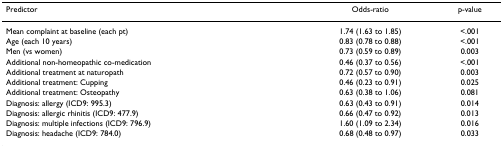
| Predictor | Odds-ratio | p-value |
 | --- | --- | --- |
 | Mean complaint at baseline (each pt) | 1.74 (1.63 to 1.85) | <.001 |
 | Age (each 10 years) | 0.83 (0.78 to 0.88) | <.001 |
 | Men (vs women) | 0.73 (0.59 to 0.89) | 0.003 |
 | Additional non-homeopathic co-medication | 0.46 (0.37 to 0.56) | <.001 |
 | Additional treatment at naturopath | 0.72 (0.57 to 0.90) | 0.003 |
 | Additional treatment: Cupping | 0.46 (0.23 to 0.91) | 0.025 |
 | Additional treatment: Osteopathy | 0.63 (0.38 to 1.06) | 0.081 |
 | Diagnosis: allergy (ICD9: 995.3) | 0.63 (0.43 to 0.91) | 0.014 |
 | Diagnosis: allergic rhinitis (ICD9: 477.9) | 0.66 (0.47 to 0.92) | 0.013 |
 | Diagnosis: multiple infections (ICD9: 796.9) | 1.60 (1.09 to 2.34) | 0.016 |
 | Diagnosis: headache (ICD9: 784.0) | 0.68 (0.48 to 0.97) | 0.033 |